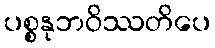
ပစ္စနုဘဝိဿတိပေ